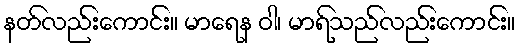
နတ်လည်းကောင်း။ မာရေန ဝါ၊ မာရ်သည်လည်းကောင်း။